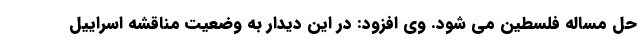
حل مساله فلسطین می شود. وی افزود: در این دیدار به وضعیت مناقشه اسراییل